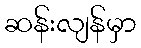
ဆန်းလျန်မှာ